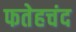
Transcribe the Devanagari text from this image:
फतेहचंद